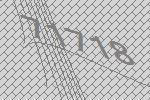
71718